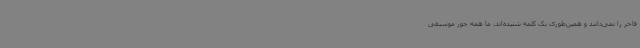
فاخر را نمی‌دانند و همین‌طوری یک کلمه شنیده‌اند. ما همه جور موسیقی